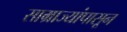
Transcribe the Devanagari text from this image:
साम्राज्यांपासून